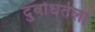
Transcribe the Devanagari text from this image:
दुर्बोधतेला